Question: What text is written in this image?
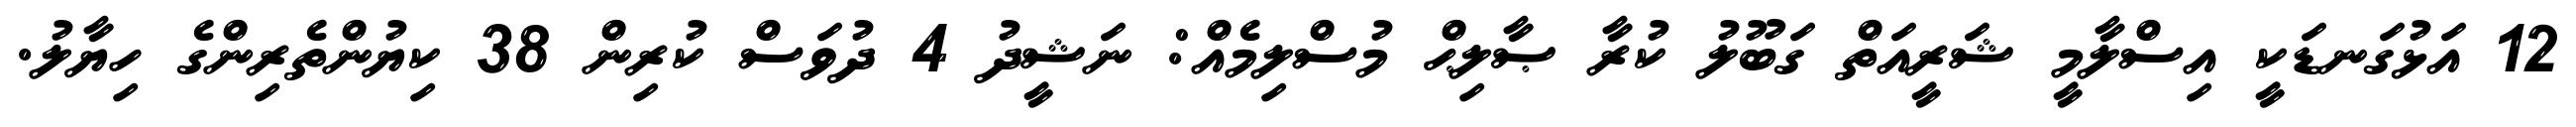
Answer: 12 އަޅުގަނޑަކީ އިސްލާމީ ޝަރީއަތް ގަބޫލު ކުރާ ޞާލިޙް މުސްލިމެއް: ނަޝީދު 4 ދުވަސް ކުރިން 38 ކިޔުންތެރިންގެ ހިޔާލު.